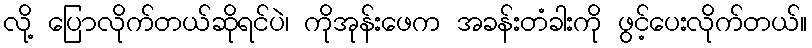
လို့ ပြောလိုက်တယ်ဆိုရင်ပဲ၊ ကိုအုန်းဖေက အခန်းတံခါးကို ဖွင့်ပေးလိုက်တယ်။